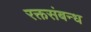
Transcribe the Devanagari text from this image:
रक्तसंबन्ध